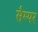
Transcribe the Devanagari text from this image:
सैम्पर